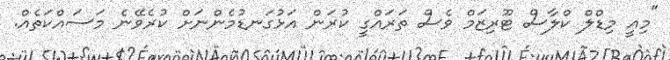
"މިއީ މިޑްލް ކްލާސް ޓޫރިޒަމް ވެސް ތަރައްގީ ކުރަން އަޅުގަނޑުމެންނަށް ކުރެވޭނެ މަސައްކަތެއް.